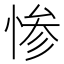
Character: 惨